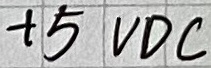
Text: +5VDC